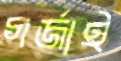
গর্জাই